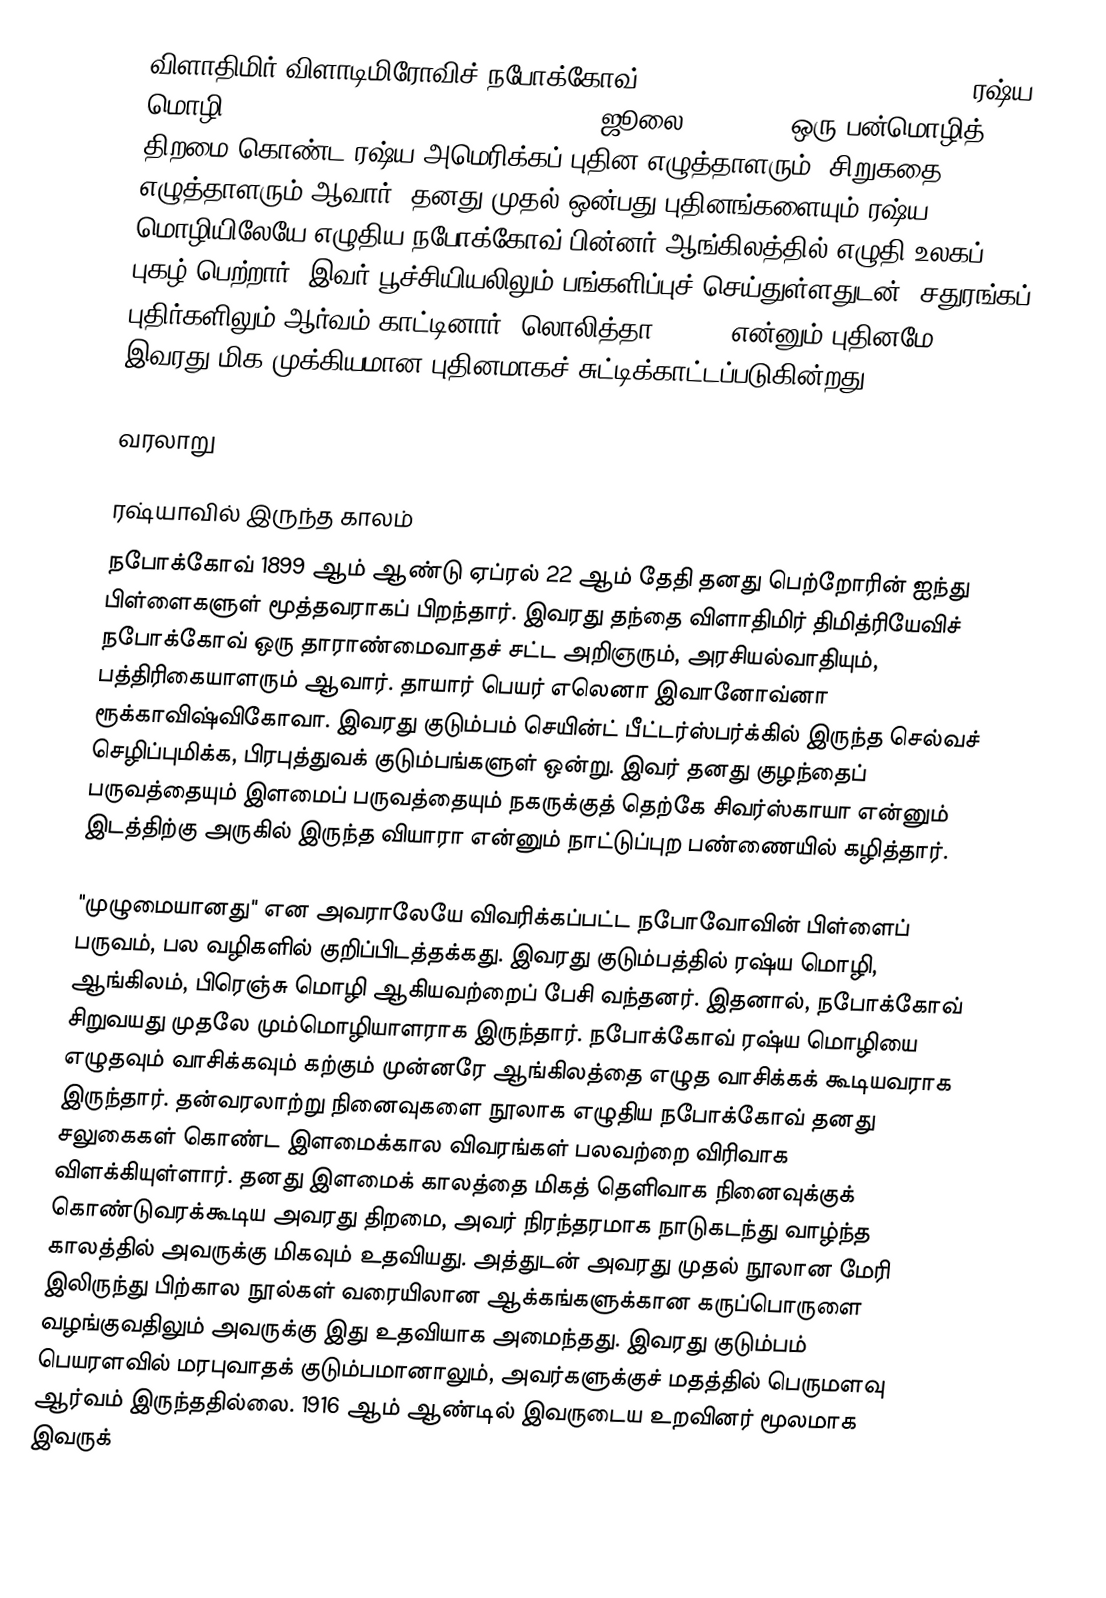
விளாதிமிர் விளாடிமிரோவிச் நபோக்கோவ் (Vladimir Vladimirovich Nabokov, ரஷ்ய மொழி: Влади́мир Влади́мирович Набо́ков,  – ஜூலை 2, 1977), ஒரு பன்மொழித் திறமை கொண்ட ரஷ்ய-அமெரிக்கப் புதின எழுத்தாளரும், சிறுகதை எழுத்தாளரும் ஆவார். தனது முதல் ஒன்பது புதினங்களையும் ரஷ்ய மொழியிலேயே எழுதிய நபோக்கோவ் பின்னர் ஆங்கிலத்தில் எழுதி உலகப் புகழ் பெற்றார். இவர் பூச்சியியலிலும் பங்களிப்புச் செய்துள்ளதுடன், சதுரங்கப் புதிர்களிலும் ஆர்வம் காட்டினார். லொலித்தா (1955) என்னும் புதினமே இவரது மிக முக்கியமான புதினமாகச் சுட்டிக்காட்டப்படுகின்றது.

வரலாறு

ரஷ்யாவில் இருந்த காலம்
நபோக்கோவ் 1899 ஆம் ஆண்டு ஏப்ரல் 22 ஆம் தேதி தனது பெற்றோரின் ஐந்து பிள்ளைகளுள் மூத்தவராகப் பிறந்தார். இவரது தந்தை விளாதிமிர் திமித்ரியேவிச் நபோக்கோவ் ஒரு தாராண்மைவாதச் சட்ட அறிஞரும், அரசியல்வாதியும், பத்திரிகையாளரும் ஆவார். தாயார் பெயர் எலெனா இவானோவ்னா ரூக்காவிஷ்விகோவா. இவரது குடும்பம் செயின்ட் பீட்டர்ஸ்பர்க்கில் இருந்த செல்வச் செழிப்புமிக்க, பிரபுத்துவக் குடும்பங்களுள் ஒன்று. இவர் தனது குழந்தைப் பருவத்தையும் இளமைப் பருவத்தையும் நகருக்குத் தெற்கே சிவர்ஸ்காயா என்னும் இடத்திற்கு அருகில் இருந்த வியாரா என்னும் நாட்டுப்புற பண்ணையில் கழித்தார்.

"முழுமையானது" என அவராலேயே விவரிக்கப்பட்ட நபோவோவின் பிள்ளைப் பருவம், பல வழிகளில் குறிப்பிடத்தக்கது. இவரது குடும்பத்தில் ரஷ்ய மொழி, ஆங்கிலம், பிரெஞ்சு மொழி ஆகியவற்றைப் பேசி வந்தனர். இதனால், நபோக்கோவ் சிறுவயது முதலே மும்மொழியாளராக இருந்தார். நபோக்கோவ் ரஷ்ய மொழியை எழுதவும் வாசிக்கவும் கற்கும் முன்னரே ஆங்கிலத்தை எழுத வாசிக்கக் கூடியவராக இருந்தார். தன்வரலாற்று நினைவுகளை நூலாக எழுதிய நபோக்கோவ் தனது சலுகைகள் கொண்ட இளமைக்கால விவரங்கள் பலவற்றை விரிவாக விளக்கியுள்ளார். தனது இளமைக் காலத்தை மிகத் தெளிவாக நினைவுக்குக் கொண்டுவரக்கூடிய அவரது திறமை, அவர் நிரந்தரமாக நாடுகடந்து வாழ்ந்த காலத்தில் அவருக்கு மிகவும் உதவியது. அத்துடன் அவரது முதல் நூலான மேரி இலிருந்து பிற்கால நூல்கள் வரையிலான ஆக்கங்களுக்கான கருப்பொருளை வழங்குவதிலும் அவருக்கு இது உதவியாக அமைந்தது. இவரது குடும்பம் பெயரளவில் மரபுவாதக் குடும்பமானாலும், அவர்களுக்குச் மதத்தில் பெருமளவு ஆர்வம் இருந்ததில்லை. 1916 ஆம் ஆண்டில் இவருடைய உறவினர் மூலமாக இவருக்